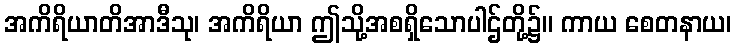
အကိရိယာတိအာဒီသု၊ အကိရိယာ ဤသို့အစရှိသောပါဌ်တို့၌။ ကာယ စေတနာယ၊